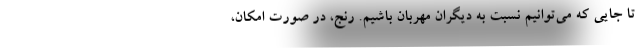
تا جایی که می‌توانیم نسبت به دیگران مهربان باشیم. رنج، در صورت امکان،